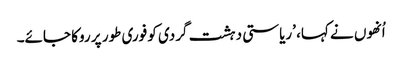
اُنھوں نے کہا، ’ریاستی دہشت گردی کو فوری طور پر روکا جائے۔